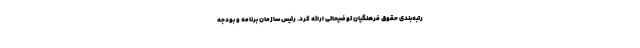
رتبه‌بندی حقوق فرهنگیان توضیحاتی ارائه کرد. رئیس سازمان برنامه و بودجه